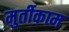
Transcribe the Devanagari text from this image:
मुर्तीकाम